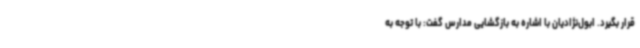
قرار بگیرد. ابول‌نژادیان با اشاره به بازگشایی مدارس گفت: با توجه به